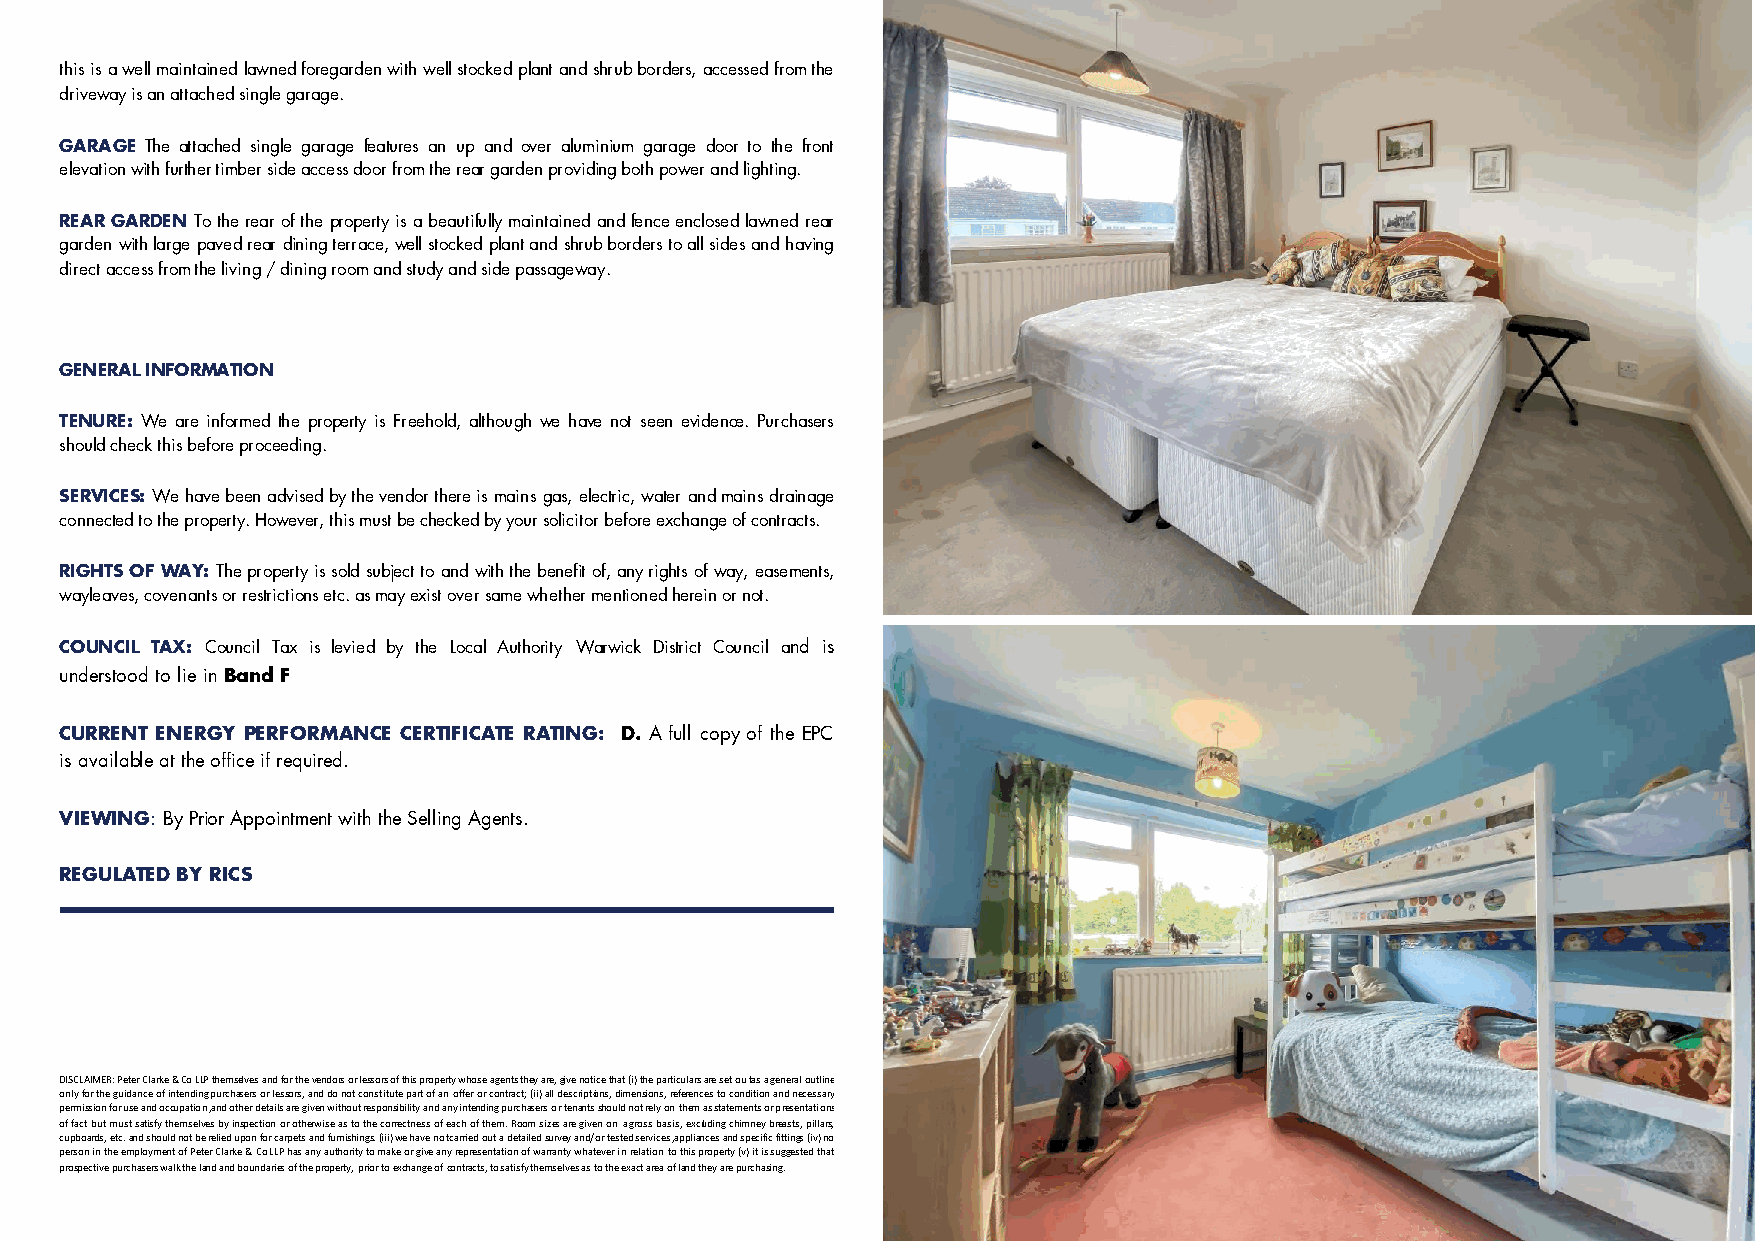
this is a well maintained lawned foregarden with well stocked plant and shrub borders, accessed from the
 driveway is an attached single garage.
 GARAGE The attached single garage features an up and over aluminium garage door to the front
 elevation with further timber side access door from the rear garden providing both power and lighting.
 REAR GARDEN To the rear of the property is a beautifully maintained and fence enclosed lawned rear
 garden with large paved rear dining terrace, well stocked plant and shrub borders to all sides and having
 direct access from the living / dining room and study and side passageway.
 GENERAL INFORMATION
 TENURE: We are informed the property is Freehold, although we have not seen evidence. Purchasers
 should check this before proceeding.
 SERVICES: We have been advised by the vendor there is mains gas, electric, water and mains drainage
 connected to the property. However, this must be checked by your solicitor before exchange of contracts.
 RIGHTS OF WAY: The property is sold subject to and with the benefit of, any rights of way, easements,
 wayleaves, covenants or restrictions etc. as may exist over same whether mentioned herein or not.
 COUNCIL TAX: Council Tax is levied by the Local Authority Warwick District Council and is
 understood to lie in Band F
 CURRENT ENERGY PERFORMANCE CERTIFICATE RATING: D. A full copy of the EPC
 is available at the office if required.
 VIEWING: By Prior Appointment with the Selling Agents.
 REGULATED BY RICS
 DISCLAIMER: Peter Clarke & Co LLP themselves and for the vendors or lessors of this property whose agents they are, give notice that (i) the particulars are set out as a general outline
 only for the guidance of intending purchasers or lessors, and do not constitute part of an offer or contract; (ii) all descriptions, dimensions, references to condition and necessary
 permission for use and occupation, and other details are given without responsibility and any intending purchasers or tenants should not rely on them as statements or presentations
 of fact but must satisfy themselves by inspection or otherwise as to the correctness of each of them. Room sizes are given on a gross basis, excluding chimney breasts, pillars,
 cupboards, etc. and should not be relied upon for carpets and furnishings. (iii) we have not carried out a detailed survey and/or tested services, appliances and specific fittings (iv) no
 person in the employment of Peter Clarke & Co LLP has any authority to make or give any representation of warranty whatever in relation to this property (v) it is suggested that
 prospective purchasers walk the land and boundaries of the property, prior to exchange of contracts, to satisfy themselves as to the exact area of land they are purchasing.